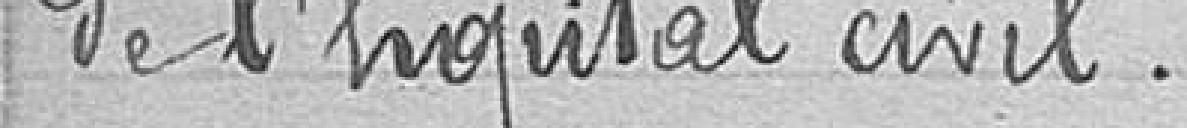
de l'hôpital civil